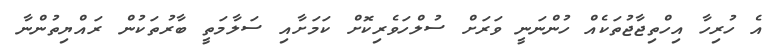
އެ ހުރިހާ އިހްތިޖާޖުތަކެއް ހުންނަނީ ވަރަށް ސުލްހަވެރިކޮށް ކަމަށާއި ސަލާމަތީ ބާރުތަކުން ރައްޔިތުންނާ